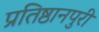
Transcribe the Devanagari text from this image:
प्रतिष्ठानपुरी